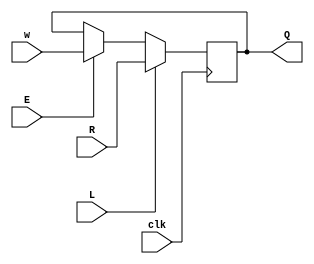
module top_module (
    input clk,
    input w, R, E, L,
    output reg Q
    );
wire m1, m2;
assign m1 = E ? w : Q;
assign m2 = L ? R : m1;
    always @(posedge clk) begin
        Q <= m2;
    end
endmodule